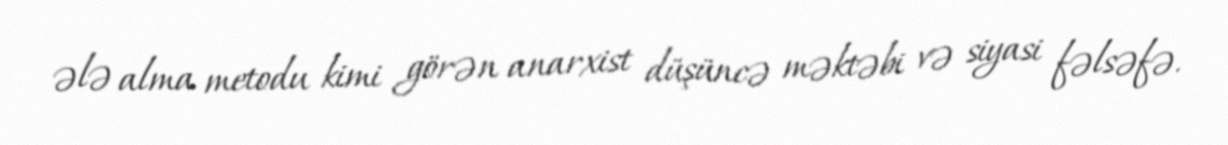
ələ alma metodu kimi görən anarxist düşüncə məktəbi və siyasi fəlsəfə.